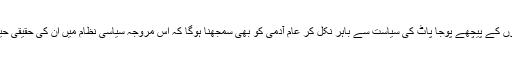
بلاوجہ کی جذباتی طرز کی سیاست یا سیاست دانوں کے پیچھے پوجا پاٹ کی سیاست سے باہر نکل کر عام آدمی کو بھی سمجھنا ہوگا کہ اس مروجہ سیاسی نظام میں ان کی حقیقی حیثیت کیا ہے اور وہ کیوں استحصا ل کا شکار ہے۔